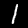
Digit: 1